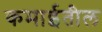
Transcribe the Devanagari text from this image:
कमाईतील